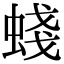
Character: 䗃